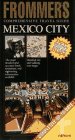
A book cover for Frommers Mexico City Edition; Frommers; Travel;